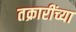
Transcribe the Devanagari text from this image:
तक्रारींच्या